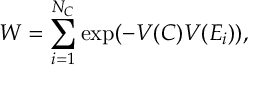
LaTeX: W = \sum _ { i = 1 } ^ { N _ { C } } \mathrm { e x p } ( - V ( C ) V ( E _ { i } ) ) ,